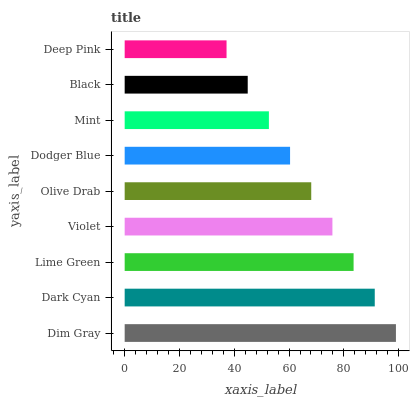
| yaxis_label | bars |
 | --- | --- |
 | Dim Gray | 99 |
 | Dark Cyan | 91.3 |
 | Lime Green | 83.5 |
 | Violet | 75.8 |
 | Olive Drab | 68.1 |
 | Dodger Blue | 60.4 |
 | Mint | 52.6 |
 | Black | 44.9 |
 | Deep Pink | 37.2 |